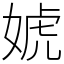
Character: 婋